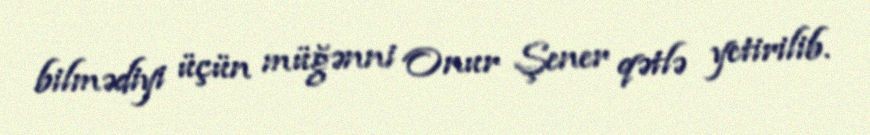
bilmədiyi üçün müğənni Onur Şener qətlə yetirilib.